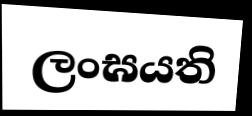
ලංඝයති